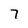
Character: 7